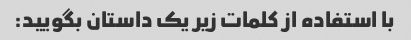
با استفاده از کلمات زیر یک داستان بگویید: